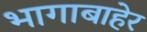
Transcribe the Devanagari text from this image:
भागाबाहेर